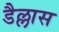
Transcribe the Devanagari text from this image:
डैल्लास